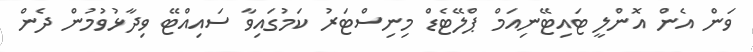
ވަން އެން އޮންލީ ޓައިޓޭނިއަމް ޕްލޭޓެޑް މިނިސްޓަރު ކަމުގައިވާ ސައިއްޓޭ ވިދާޅުވުމުން ދެން